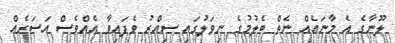
ލޫނާގެ އެ މާނައެއް ނެތް ބެލުމުގެ ނިވަލުގައި ސިއްރު ވެފައިވާ އެއްވެސް އަސަރެއް